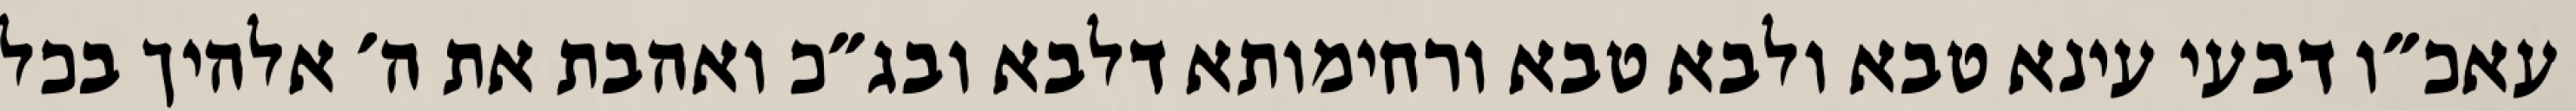
עאכ״ו דבעי עינא טבא ולבא טבא ורחימותא דלבא ובג״כ ואהבת את ה׳ אלהיך בכל